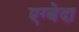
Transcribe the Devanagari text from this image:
एग्बेदा